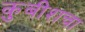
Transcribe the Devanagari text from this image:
कुबीशचा